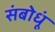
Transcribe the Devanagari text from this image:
संबोधूं